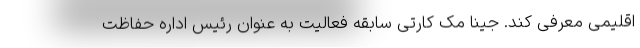
اقلیمی معرفی کند. جینا مک کارتی سابقه فعالیت به عنوان رئیس اداره حفاظت